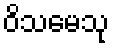
ဝိသမေသု